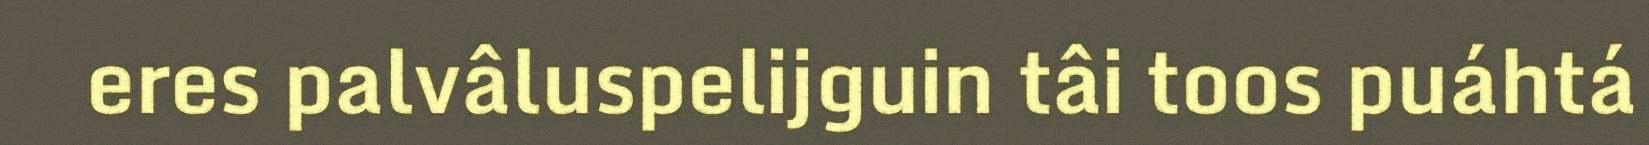
eres palvâluspelijguin tâi toos puáhtá